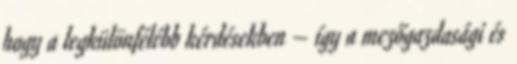
hogy a legkülönfélébb kérdésekben – így a mezőgazdasági és